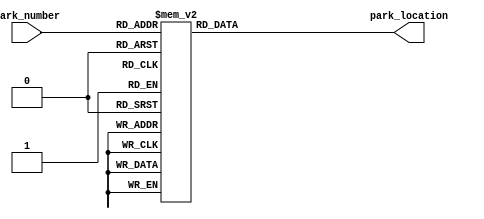
/*--  *******************************************************
--  Computer Architecture Course, Laboratory Sources 
--  Amirkabir University of Technology (Tehran Polytechnic)
--  Department of Computer Engineering (CE-AUT)
--  https://ce[dot]aut[dot]ac[dot]ir
--  *******************************************************
--  All Rights reserved (C) 2021-2022
--  *******************************************************
--  Student ID  : 9931078 9931072
--  Student Name: Kimia Montazeri & Sina Shariati
--  Student Mail: kimia.mtz@gmail.com sina.shariati@aut.ac.ir
--  *******************************************************
--  Additional Comments:
--
--*/

/*-----------------------------------------------------------
---  Module Name: exit_parking_lot
-----------------------------------------------------------*/
`timescale 1 ns/1 ns
module exit_parking_lot(park_number, park_location);
    input      [2:0] park_number;
    output reg [7:0] park_location;

    always @(park_number) begin
        case (park_number)
            3'b000: park_location = 8'b00000001;
            3'b001: park_location = 8'b00000010;
            3'b010: park_location = 8'b00000100;
            3'b011: park_location = 8'b00001000;
            3'b100: park_location = 8'b00010000;
            3'b101: park_location = 8'b00100000;
            3'b110: park_location = 8'b01000000;
            3'b111: park_location = 8'b10000000;
            default: park_location = 8'bxxxxxxxx;
        endcase
    end
endmodule